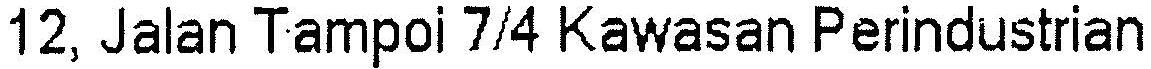
12, JALAN TAMPOI 7/4 KAWASAN PERINDUSTRIAN